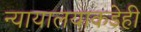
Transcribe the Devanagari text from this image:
न्यायालयाकडेही